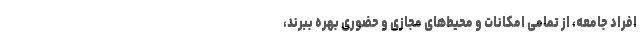
افراد جامعه، از تمامی امکانات و محیط‌های مجازی و حضوری بهره ببرند،